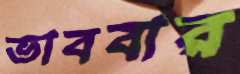
ভাববার